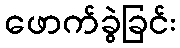
ဖောက်ခွဲခြင်း